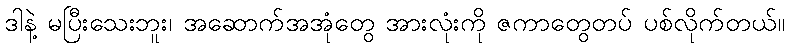
ဒါနဲ့ မပြီးသေးဘူး၊ အဆောက်အအုံတွေ အားလုံးကို ဇကာတွေတပ် ပစ်လိုက်တယ်။